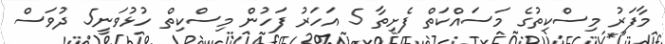
މާފަރު މިސްކިތުގެ މަސައްކަތް ފެށިތާ 5 އަހަރު ފަހުން މިސްކިތް ހުޅުވަނީ5 ދުވަސް